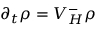
\partial _ { t } \rho = V _ { H } ^ { - } \rho